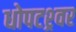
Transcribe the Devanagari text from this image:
धोपटश्र्वर